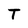
Character: T